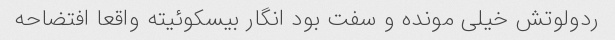
ردولوتش خیلی مونده و سفت بود انگار بیسکوئیته واقعا افتضاحه